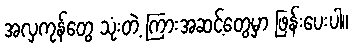
အလှကုန်တွေ သုံးတဲ့ ကြားအဆင့်တွေမှာ ဖြန်းပေးပါ။